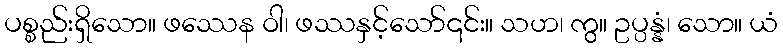
ပစ္စည်းရှိသော။ ဖဿေန ဝါ၊ ဖဿနှင့်သော်၎င်း။ သဟ၊ ကွ။ ဥပ္ပန္နံ၊ သော။ ယံ